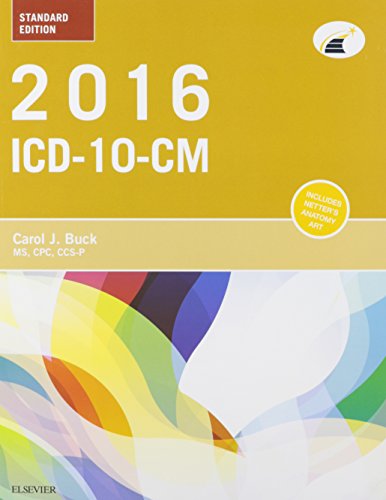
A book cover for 2016 ICD-10-CM Standard Edition, 2016 ICD-10-PCS Standard Edition, 2015 HCPCS Standard Edition and AMA 2015 CPT Standard Edition Package, 1e; Carol J. Buck MS  CPC  CCS-P; Medical Books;